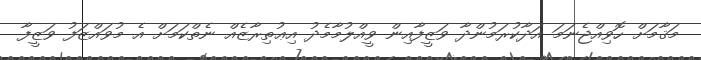
މަޤާމަށް ހޮވިއްޖެނަމަ އަދާކުރަމުންދާ ވަޒީފާއިން ވީއްލުމާމެދު އިޢުތިރާޒެއް ނެތްކަމަށް އެ މުވައްޒަފު ވަޒީފާ